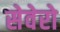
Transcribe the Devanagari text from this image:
सेवेरो